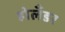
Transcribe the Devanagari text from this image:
होलँडर